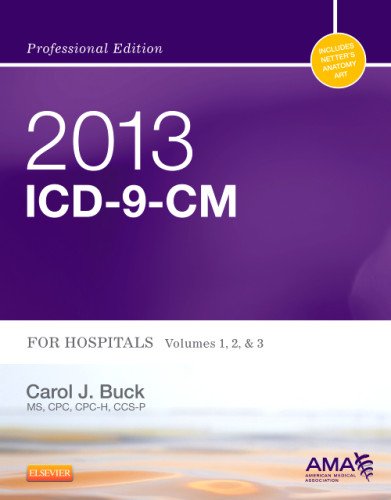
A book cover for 2013 ICD-9-CM for Hospitals, Volumes 1, 2 and 3 Professional Edition, 1e (AMA ICD-9-CM for Hospitals (Professional Edition)); Carol J. Buck MS  CPC  CCS-P; Medical Books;